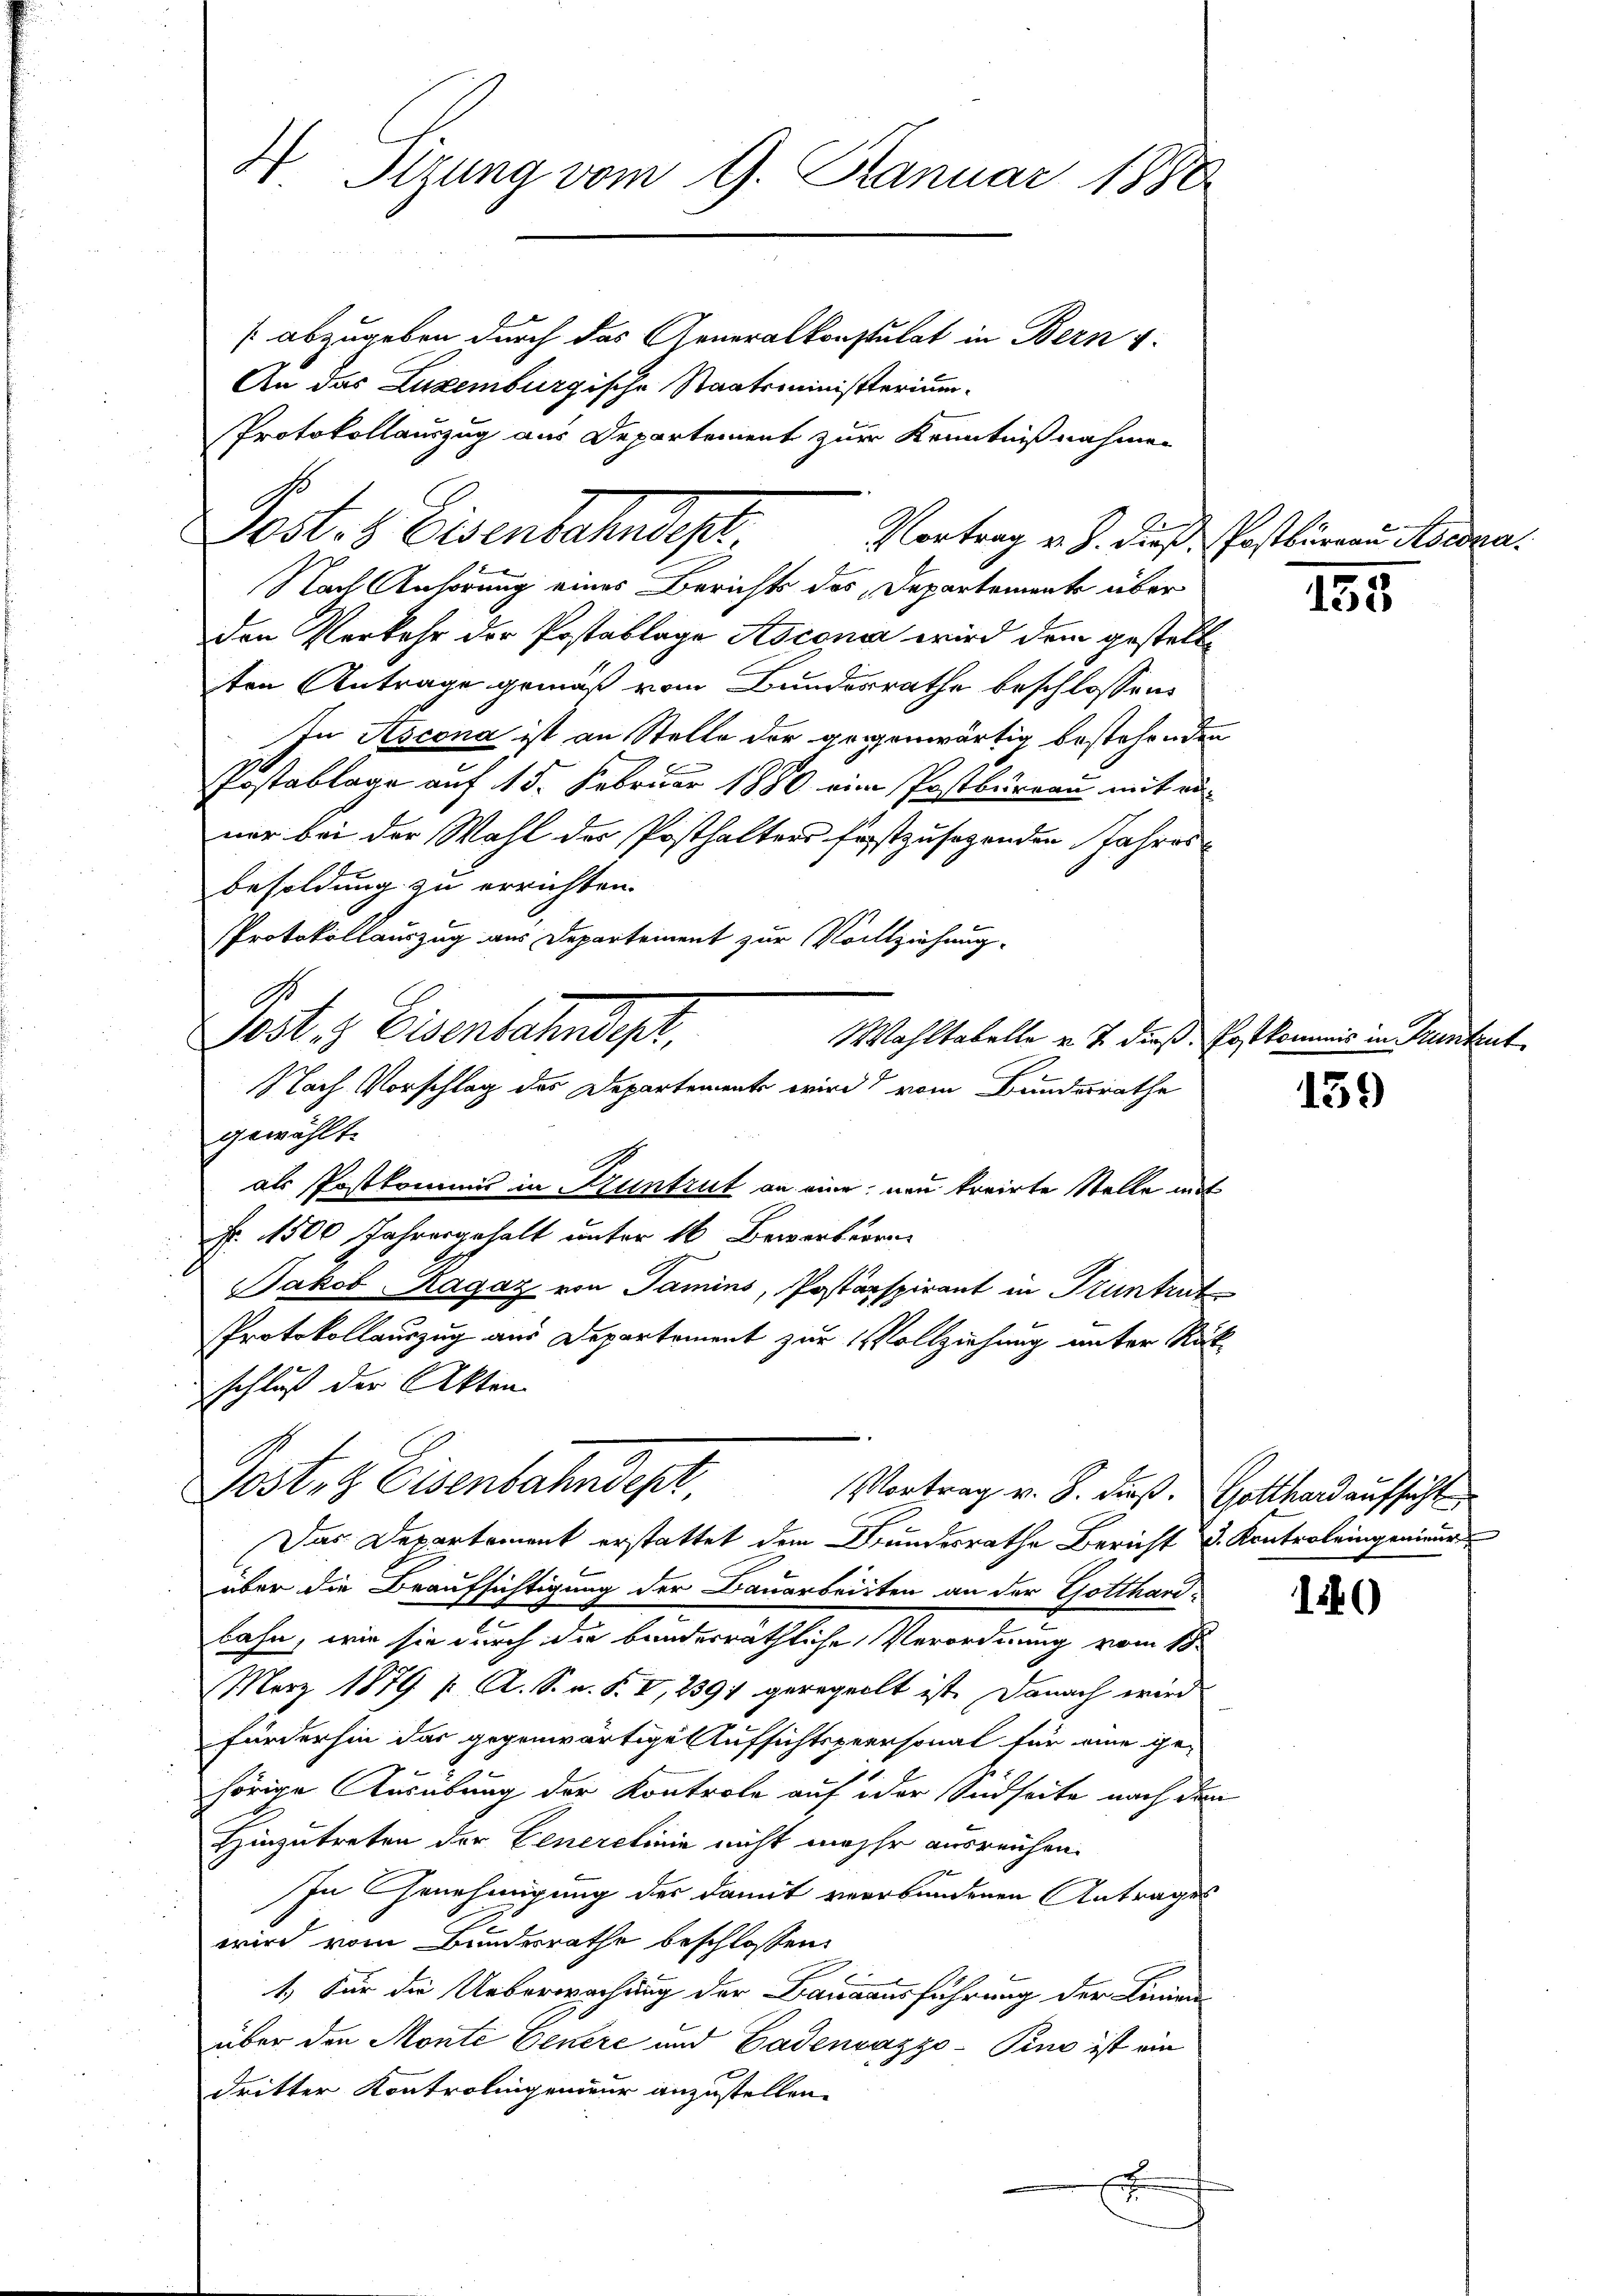
H Stzung vom 9. Januar 1880
[abzugeben durch das Generalkonstulat in Bern v.
An das Luxenburgische Staatsministerium

Protokollauszug aus Departement zur Kenntnißnahmen
Post. b. Eisenbahndet
Vortrag v. J. dieß. Postbureau Asedra¬
Nach Anhörung eines Berichts des Departemente über
den Verkehr der Postablage Asconia wird dem gestellten Antrage gemäß vom Bundesrathe beschlossen:
In Ascona ist an Stelle der gegenwärtig bestehenden
Postablage auf 15. Februar 1880 eine Postbureau mit ei
ner bei der Wahl der Posthalters festzusegenden Jahres
besoldung zu errichten.
Protokollauszug aus Departement zur Vollziehung
Post 3 Eisenbahndepr
Wahltabelle v. J. dieß. Postkommis in Trunkent
gewählt.
als Postkommis in Huntrut an eine neu treirte Stelle mit
Fr. 1500 Jahresgehalt unter 16 Bewerksorn
Jakob Ragaz von Tamins, Posterspirant in Truntrut
PProtokollauszug aus Departement zur Vollziehung unter Rückschluß der Akten
Posten Eisenbahndept,
Vortrag v. 8. dieß. Gotthardaufsicht
Das Departement erstattet dem Bundesrathe Bericht u. Konterleingenieur
über die Beaufsichtigung der Bauarbeisten an der Gotthard-
i
bahn, wie sie durch die bunderräthliche Verordnung vom 18.
März 1879 /: A. S. v. S. I, 2391 geregeelt ist. Danach wird
fürderhin das gegenwärtige Aufsichtspersonal für eine ge-
hörige Ausübung der Kontrole auf oder Südseite nach den
Hinzutreten der Generelinie nicht mehr ausreichen.
In Genehmigung der damit verbundenen Antrages
wird vom Bundesrathe beschlossen:
1.) Für die Ueberwachung der Bauausführung der Linien-
über den Monte Genere und Cadensazzo-Pino ist ein
dritter Kontrolingenieur anzustellen.
E

I

Nach Vorschlag des Departemente wird vom Bundesrathe

2

u

135

139

10